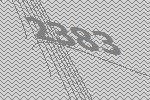
2383